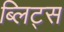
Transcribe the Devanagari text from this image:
ब्लिट्स